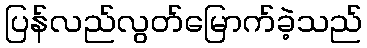
ပြန်လည်လွတ်မြောက်ခဲ့သည်